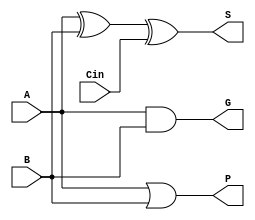
module pg_adder(A, B, Cin, P, G, S);
   input A, B, Cin;
   output P, G, S;

   assign P = (A | B);
   assign G = (A & B);
   assign S = (A ^ B) ^ Cin;
   
endmodule // pg_adder